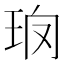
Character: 𤤱